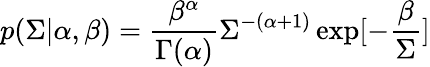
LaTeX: p(\Sigma|\alpha,\beta)=\frac{\beta^{\alpha}}{\Gamma(\alpha)}\Sigma^{-(\alpha+1)}\exp[-\frac{\beta}{\Sigma}]